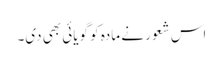
اس شعور نے مادہ کو گویائی بھی دی۔